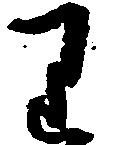
り